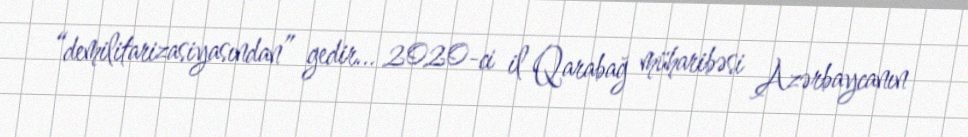
“demilitarizasiyasından” gedir... 2020-ci il Qarabağ müharibəsi Azərbaycanın